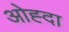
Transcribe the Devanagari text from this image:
ओह्दा